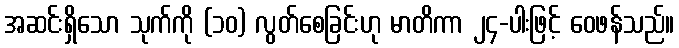
အဆင်းရှိသော သုက်ကို (၁၀) လွတ်စေခြင်းဟု မာတိကာ ၂၄-ပါးဖြင့် ဝေဖန်သည်။